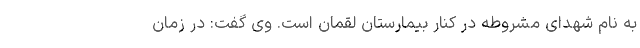
به نام شهدای مشروطه در کنار بیمارستان لقمان است. وی گفت: در زمان